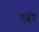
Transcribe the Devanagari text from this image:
तवंर